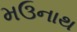
મઉનાથ